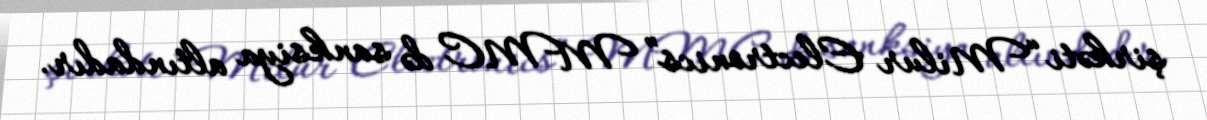
şirkəti “Milur Electronics” MMC də sanksiya altındadır.